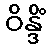
ဝိန္ဒိံ